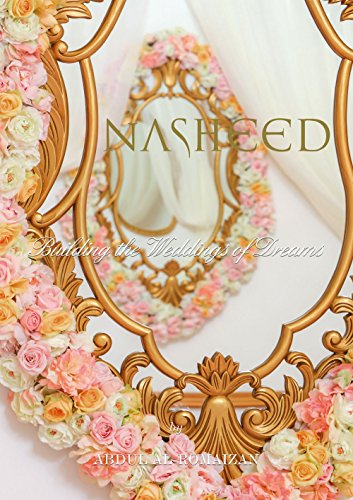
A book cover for NASHEED: Building the Weddings of Dreams; Abdul Al-Romaizan; Crafts, Hobbies & Home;